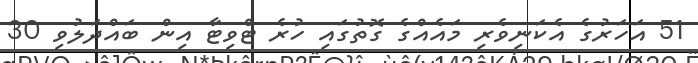
51 އަހަރުގެ އެކަނިވެރި މައެއްގެ ގޮތުގައި ހުރެ ޓްވިޓާ އިން ބައްދަލުވި 30